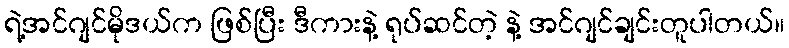
ရဲ့အင်ဂျင်မိုဒယ်က ဖြစ်ပြီး ဒီကားနဲ့ ရုပ်ဆင်တဲ့ နဲ့ အင်ဂျင်ချင်းတူပါတယ်။